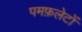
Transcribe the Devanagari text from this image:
पमफ़लेटों